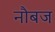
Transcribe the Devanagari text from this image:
नौबज